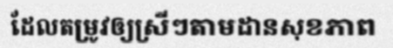
ដែលតម្រូវឲ្យស្រីៗតាមដានសុខភាព